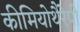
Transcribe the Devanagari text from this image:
कीमियोथैरेपी